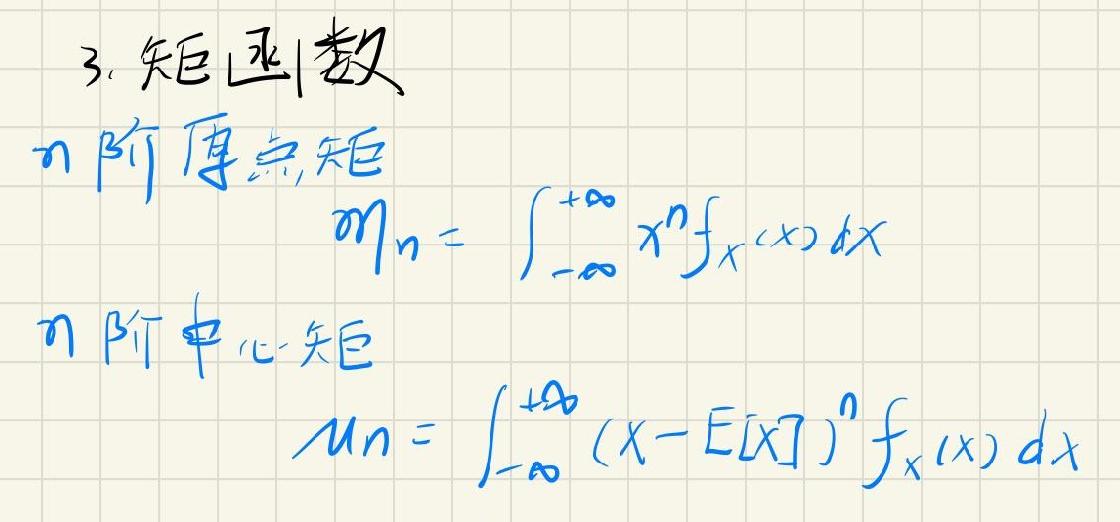
3. 矩 阵 函 数
\(n\) 阶 原 点 矩 阵
\(m_n=\int_{-\infty}^{+\infty}x^nf_X(x)dx\)
\(n\) 阶 中 心 矩
\(\mu_n=\int_{-\infty}^{+\infty}(x-E[X])^nf_X(x)dx\)